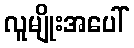
လူမျိုးအပေါ်